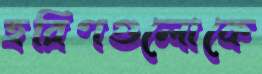
হরিণগুলোকে